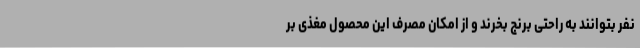
نفر بتوانند به راحتی برنج بخرند و از امکان مصرف این محصول مغذی بر